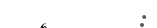
: